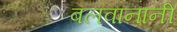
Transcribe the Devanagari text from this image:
बलवानानी